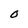
Character: O